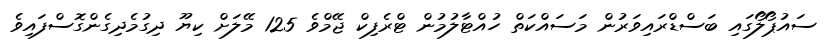
ސައުޕޯލޯގައި ބަސްޑްރައިވަރުން މަސައްކަތް ހުއްޓާލުމުން ޓްރެފިކް ޖޭމްވެ 125 މޭލަށް ކިޔޫ ދިގުމެދިގެންގޮސްފައިވެ